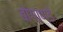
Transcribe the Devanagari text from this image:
बोगाण्डे